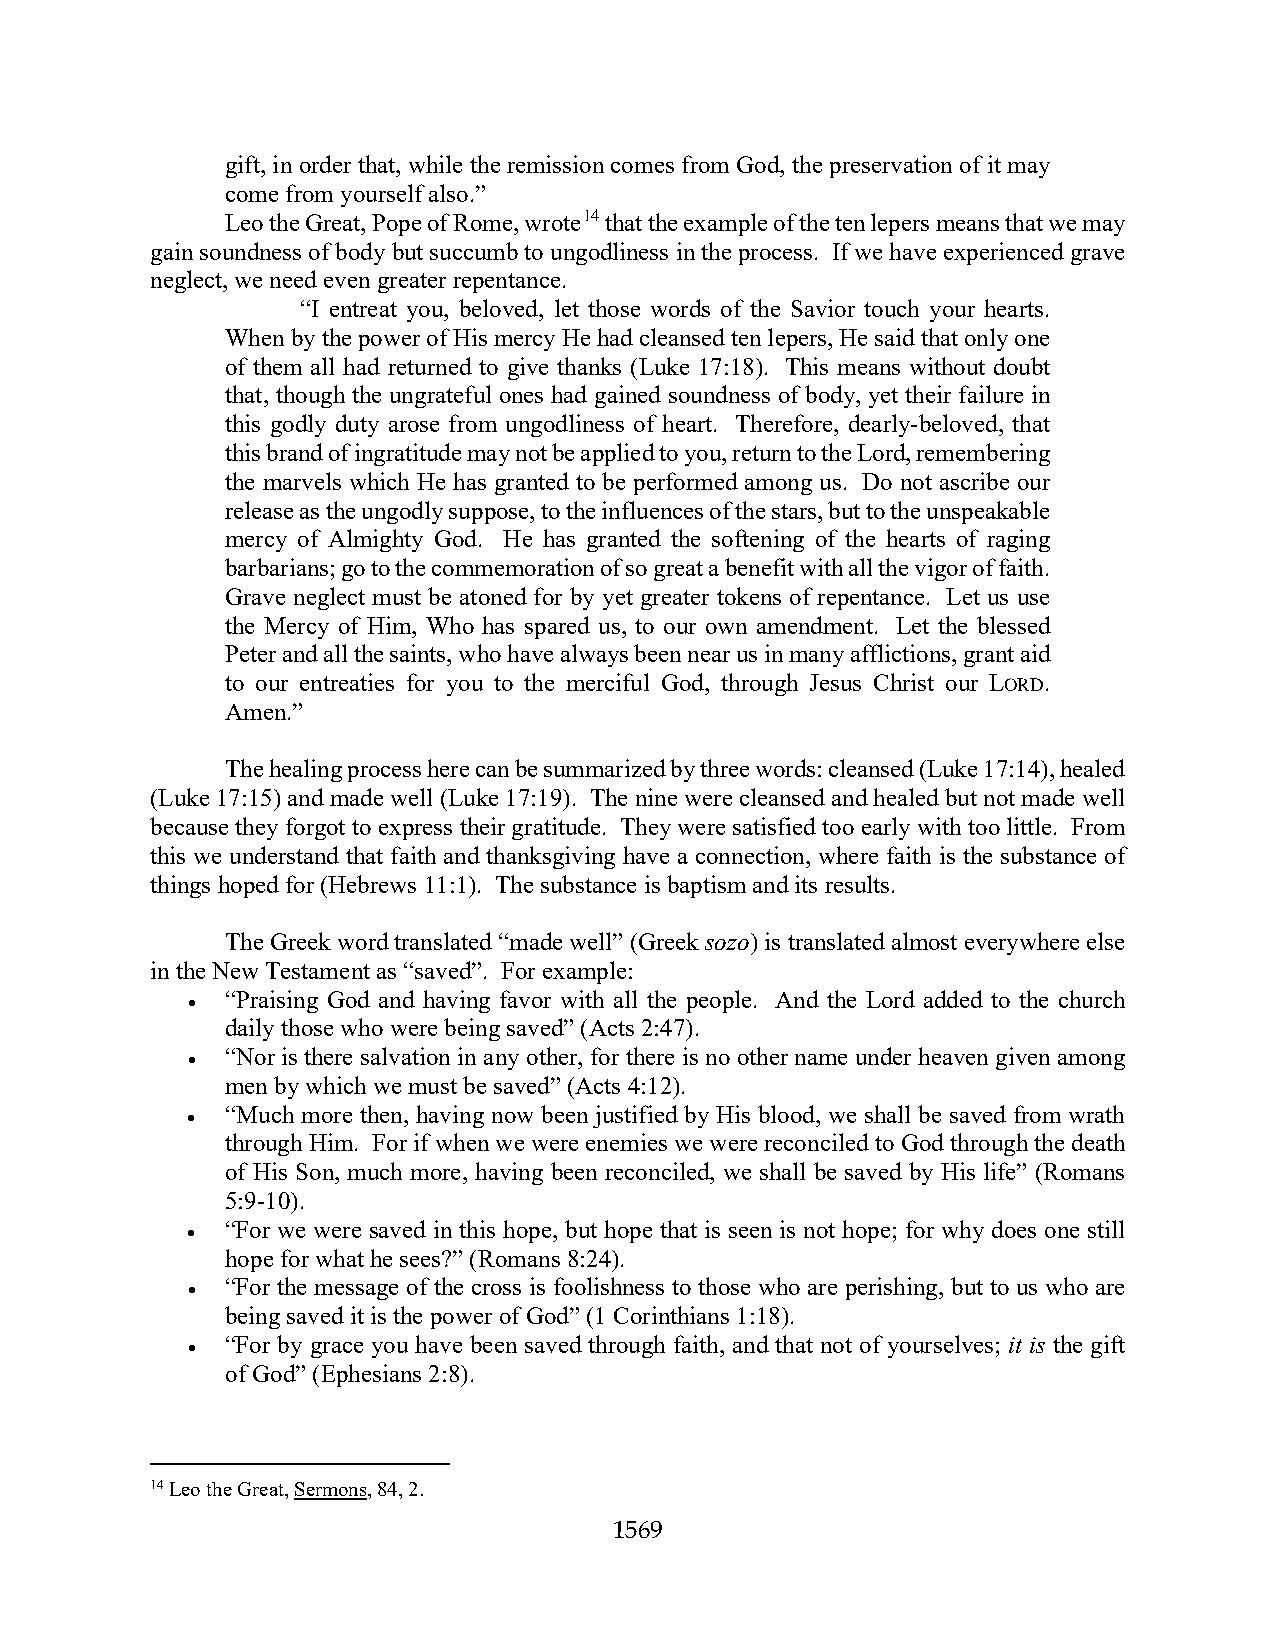
gift, in order that, while the remission comes from God, the preservation of it may
 come from yourself also.”
 Leo the Great, Pope of Rome, wrote14 that the example of the ten lepers means that we may
 gain soundness of body but succumb to ungodliness in the process. If we have experienced grave
 neglect, we need even greater repentance.
 “I entreat you, beloved, let those words of the Savior touch your hearts.
 When by the power of His mercy He had cleansed ten lepers, He said that only one
 of them all had returned to give thanks (Luke 17:18). This means without doubt
 that, though the ungrateful ones had gained soundness of body, yet their failure in
 this godly duty arose from ungodliness of heart. Therefore, dearly-beloved, that
 this brand of ingratitude may not be applied to you, return to the Lord, remembering
 the marvels which He has granted to be performed among us. Do not ascribe our
 release as the ungodly suppose, to the influences of the stars, but to the unspeakable
 mercy of Almighty God. He has granted the softening of the hearts of raging
 barbarians; go to the commemoration of so great a benefit with all the vigor of faith.
 Grave neglect must be atoned for by yet greater tokens of repentance. Let us use
 the Mercy of Him, Who has spared us, to our own amendment. Let the blessed
 Peter and all the saints, who have always been near us in many afflictions, grant aid
 to our entreaties for you to the merciful God, through Jesus Christ our LORD.
 Amen.”
 The healing process here can be summarized by three words: cleansed (Luke 17:14), healed
 (Luke 17:15) and made well (Luke 17:19). The nine were cleansed and healed but not made well
 because they forgot to express their gratitude. They were satisfied too early with too little. From
 this we understand that faith and thanksgiving have a connection, where faith is the substance of
 things hoped for (Hebrews 11:1). The substance is baptism and its results.
 The Greek word translated “made well” (Greek sozo) is translated almost everywhere else
 in the New Testament as “saved”. For example:
 •  “Praising God and having favor with all the people. And the Lord added to the church
 daily those who were being saved” (Acts 2:47).
 •  “Nor is there salvation in any other, for there is no other name under heaven given among
 men by which we must be saved” (Acts 4:12).
 •  “Much more then, having now been justified by His blood, we shall be saved from wrath
 through Him. For if when we were enemies we were reconciled to God through the death
 of His Son, much more, having been reconciled, we shall be saved by His life” (Romans
 5:9-10).
 •  “For we were saved in this hope, but hope that is seen is not hope; for why does one still
 hope for what he sees?” (Romans 8:24).
 •  “For the message of the cross is foolishness to those who are perishing, but to us who are
 being saved it is the power of God” (1 Corinthians 1:18).
 •  “For by grace you have been saved through faith, and that not of yourselves; it is the gift
 of God” (Ephesians 2:8).
 14 Leo the Great, Sermons, 84, 2.
 1569